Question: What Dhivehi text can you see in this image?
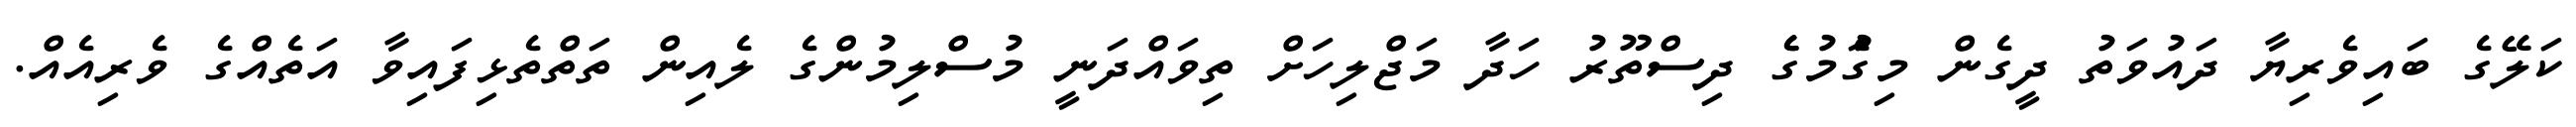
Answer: ކަލޭގެ ބައިވެރިޔާ ދައުވަތު ދީގެން މިގަެުމުގެެ ދިސްތޫރު ހަދާ މަޖްލިހަށް ތިވައްދަނީ މުސްލިމުންގެ ލެއިން ތަތްތެޅިފައިވާ އަތެއްގެ ވެރިއެއް.